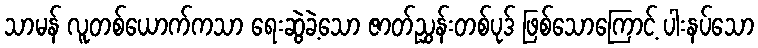
သာမန် လူတစ်ယောက်ကသာ ရေးဆွဲခဲ့သော ဇာတ်ညွှန်းတစ်ပုဒ် ဖြစ်သောကြောင့် ပါးနပ်သော